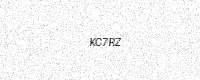
Text: KC7RZ